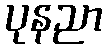
ပုနညာ